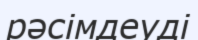
рәсімдеуді